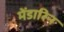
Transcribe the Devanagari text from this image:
मेंडारिन